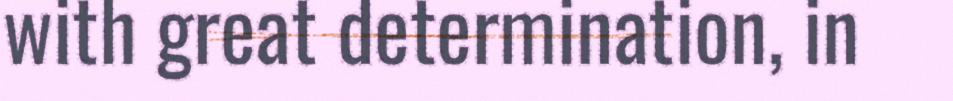
with great determination, in